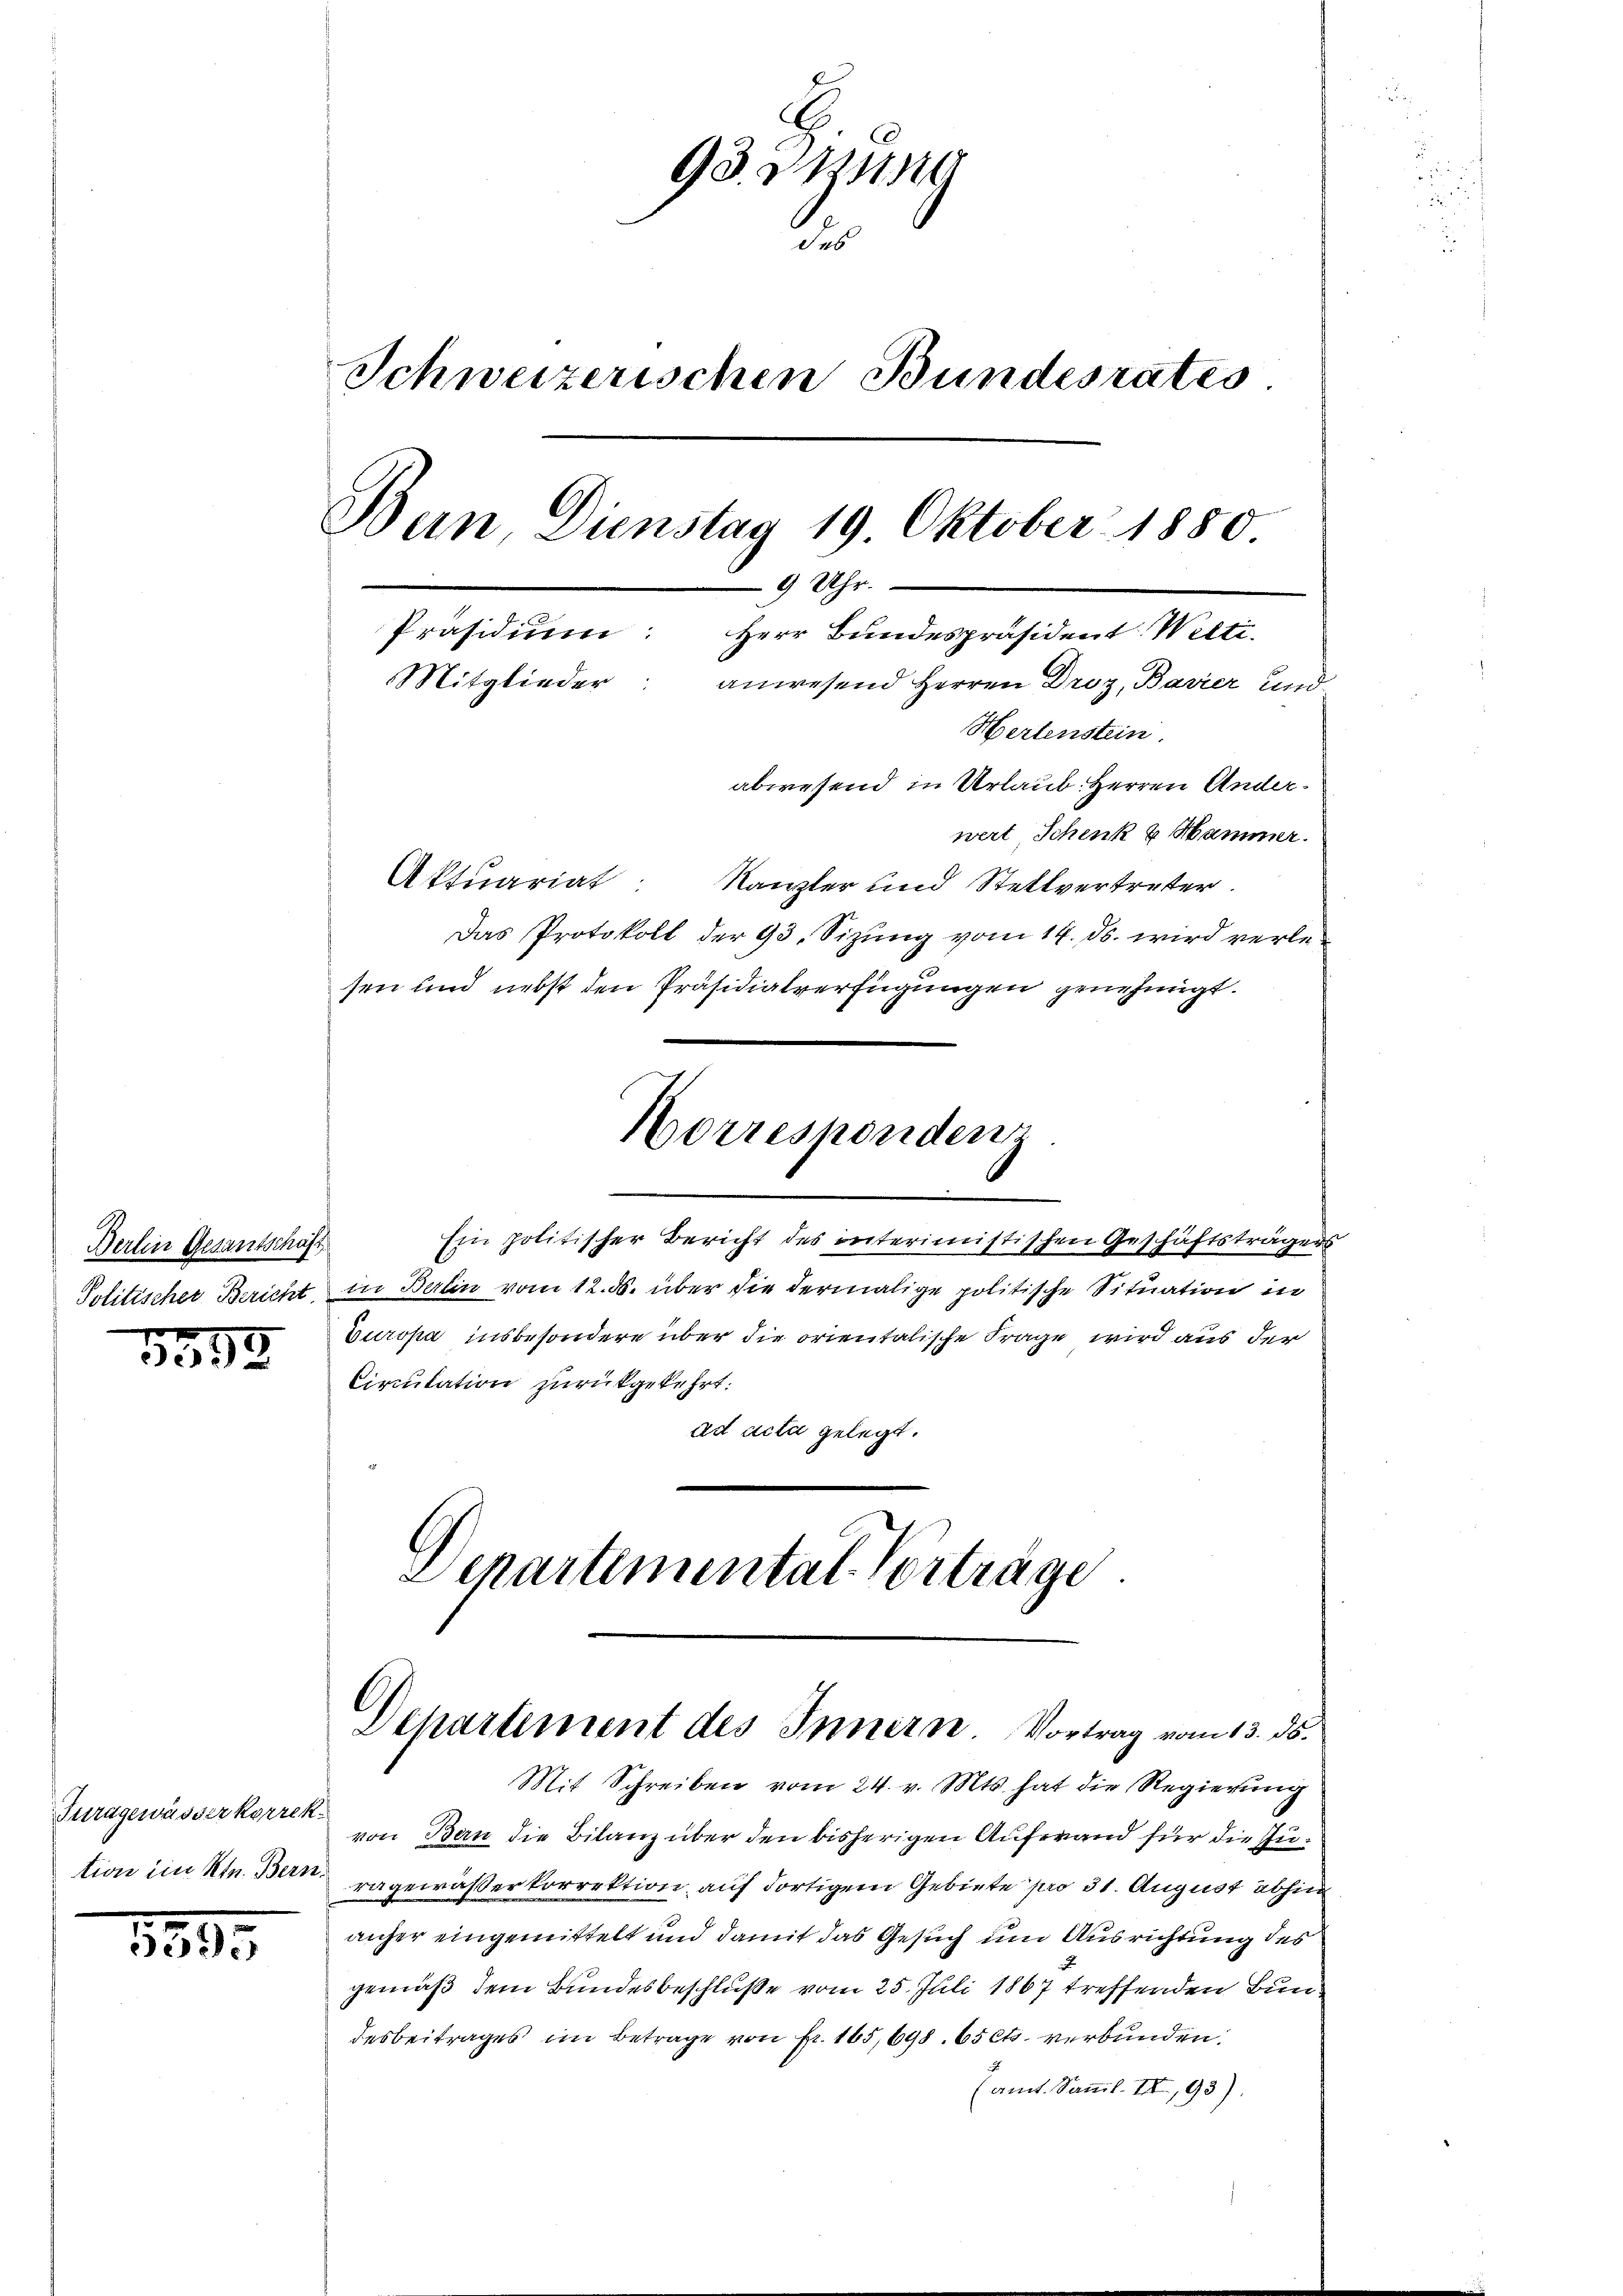
Berlin Gesantschäft
f x

555.

Turagewässer korrek
tion im Ktn. Bern.

8895

93. Jung
.
Schweizerischen Bundesrates
Bun Dienstag 19. Oktober 1880
9 Uhr.
Präsidium: Herr Bundespräsident Welti.
Mitglieder
anwesend Herren Droz, Bavier und
Hertenstein.
abwesend in Urlaub. Herren Anderwert Schenk & Hammer.
Aktuariat: Kanzler und Stellvertreter

Das Protokoll der 93. Sizung vom 14. ds. wird verlesen und nebst den Präsidialverfügungen genehmigt.
Ein politischer Bericht des interimistischen Geschäftsträgers
Politischer Bericht in Berlin vom 12. ds. über die dermalige politische Situation in
Europa insbesondere über die orientalische Frage wird aus der
Circulation zurückgekehrt.
ad acta gelegt.
Departementat Vorträge
Departement des Innern. Vortrag vom 13. ds.
Mit Schreiben vom 24. v. Mts. hat die Regierung
von Bern die Bilanz über den bisherigen Aufwand für die Zuragewässerkorrektion auf dortigem Gebiete pro 31. August abhin
anher eingemittelt und damit das Gesuch um Ausrichtung des
gemäß dem Bundesbeschluße vom 25. Juli 1867 treffenden Bundesbeitrages im Betrage von fr. 165,698. 65 Cts. verbunden.
(amt. Samml. II, 93).

Horrespondenz